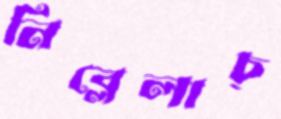
নিব্‌লেলাচ্